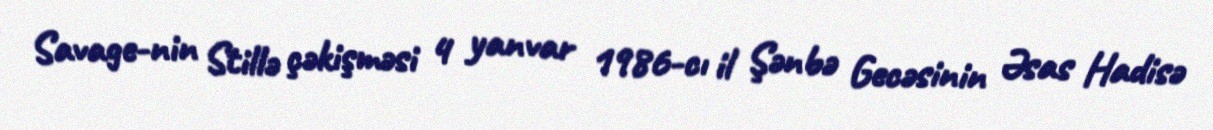
Savage-nin Stillə çəkişməsi 4 yanvar 1986-cı il Şənbə Gecəsinin Əsas Hadisə